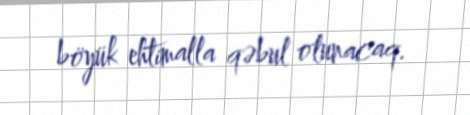
böyük ehtimalla qəbul olunacaq.